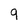
Character: 9